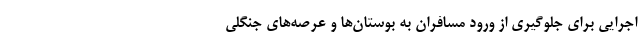
اجرایی برای جلوگیری از ورود مسافران به بوستان‌ها و عرصه‌های جنگلی